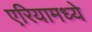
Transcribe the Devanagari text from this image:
एरियामध्ये